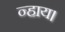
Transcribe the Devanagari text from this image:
न्हाय।